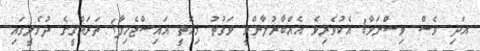
އަދި ވެސް ވިސްނަވާ! އެކުވެރިވެ އެއްބާރުލާންވީ ވަގުތު މިއޮތީ އައިސްޖެހިފާ! ތަރައްޤީގެ ދުވެލީގައި